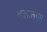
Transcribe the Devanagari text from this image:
कलालयम